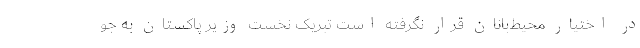
در اختیار محیط‌بانان قرار نگرفته است تبریک نخست وزیر پاکستان به جو